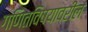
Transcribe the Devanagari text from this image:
गणितविषयावरील